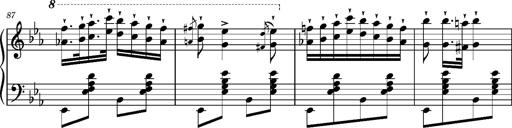
Title: Magyar rapszÃ³diÃ¡k
Composer: Franz Liszt